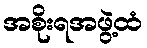
အစိုးရအဖွဲ့ထံ